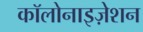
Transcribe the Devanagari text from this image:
कॉलोनाइज़ेशन